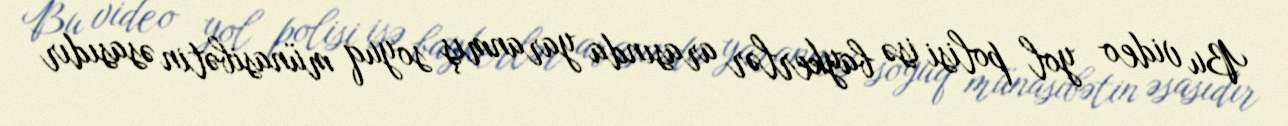
Bu video yol polisi isə baykerlər arasında yaranmış soyuq münasibətin əsasıdır